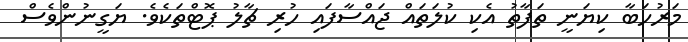
މަރުހަބާ ކިޔަނީ ތަފާތު އެކި ކުލަތައް ޖައްސާފައި ހުރި ޗާލު ޕޮޓްތަކެވެ. ޔަގީނުންވެސް